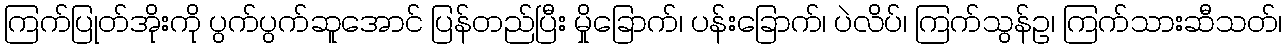
ကြက်ပြုတ်အိုးကို ပွက်ပွက်ဆူအောင် ပြန်တည်ပြီး မှိုခြောက်၊ ပန်းခြောက်၊ ပဲလိပ်၊ ကြက်သွန်ဥ၊ ကြက်သားဆီသတ်၊